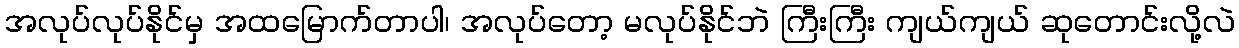
အလုပ်လုပ်နိုင်မှ အထမြောက်တာပါ၊ အလုပ်တော့ မလုပ်နိုင်ဘဲ ကြီးကြီး ကျယ်ကျယ် ဆုတောင်းလို့လဲ